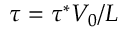
\tau = \tau ^ { * } V _ { 0 } / L